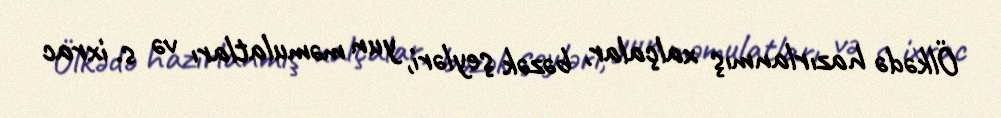
Ölkədə hazırlanmış xalçalar, bəzək şeyləri, yun məmulatları və s. ixrac